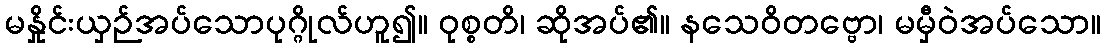
မနှိုင်းယှဉ်အပ်သောပုဂ္ဂိုလ်ဟူ၍။ ဝုစ္စတိ၊ ဆိုအပ်၏။ နသေဝိတဗ္ဗော၊ မမှီဝဲအပ်သော။